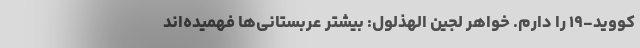
کووید-۱۹ را دارم. خواهر لجین الهذلول: بیشتر عربستانی‌ها فهمیده‌اند